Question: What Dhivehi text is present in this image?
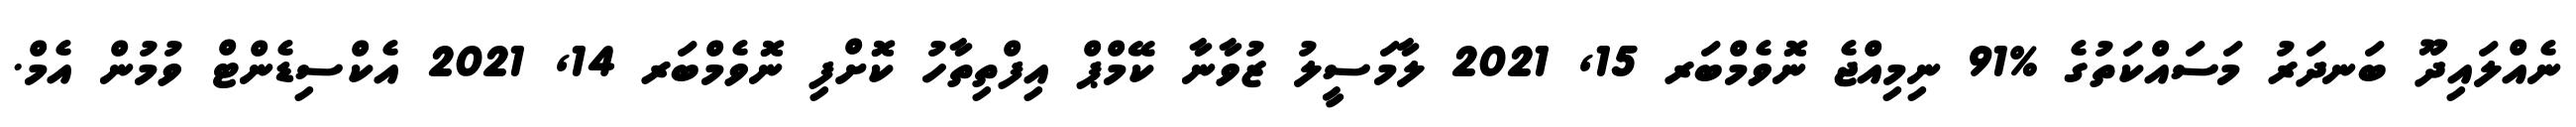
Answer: ނެއްލައިދޫ ބަނދަރު މަސައްކަތުގެ %91 ނިމިއްޖެ ނޮވެމްބަރ 15, 2021 ލާމަސީލު ޒުވާނާ ކޭމްޕް އިފްތިތާހު ކޮށްފި ނޮވެމްބަރ 14, 2021 އެކްސިޑެންޓް ވުމުން އެމް.